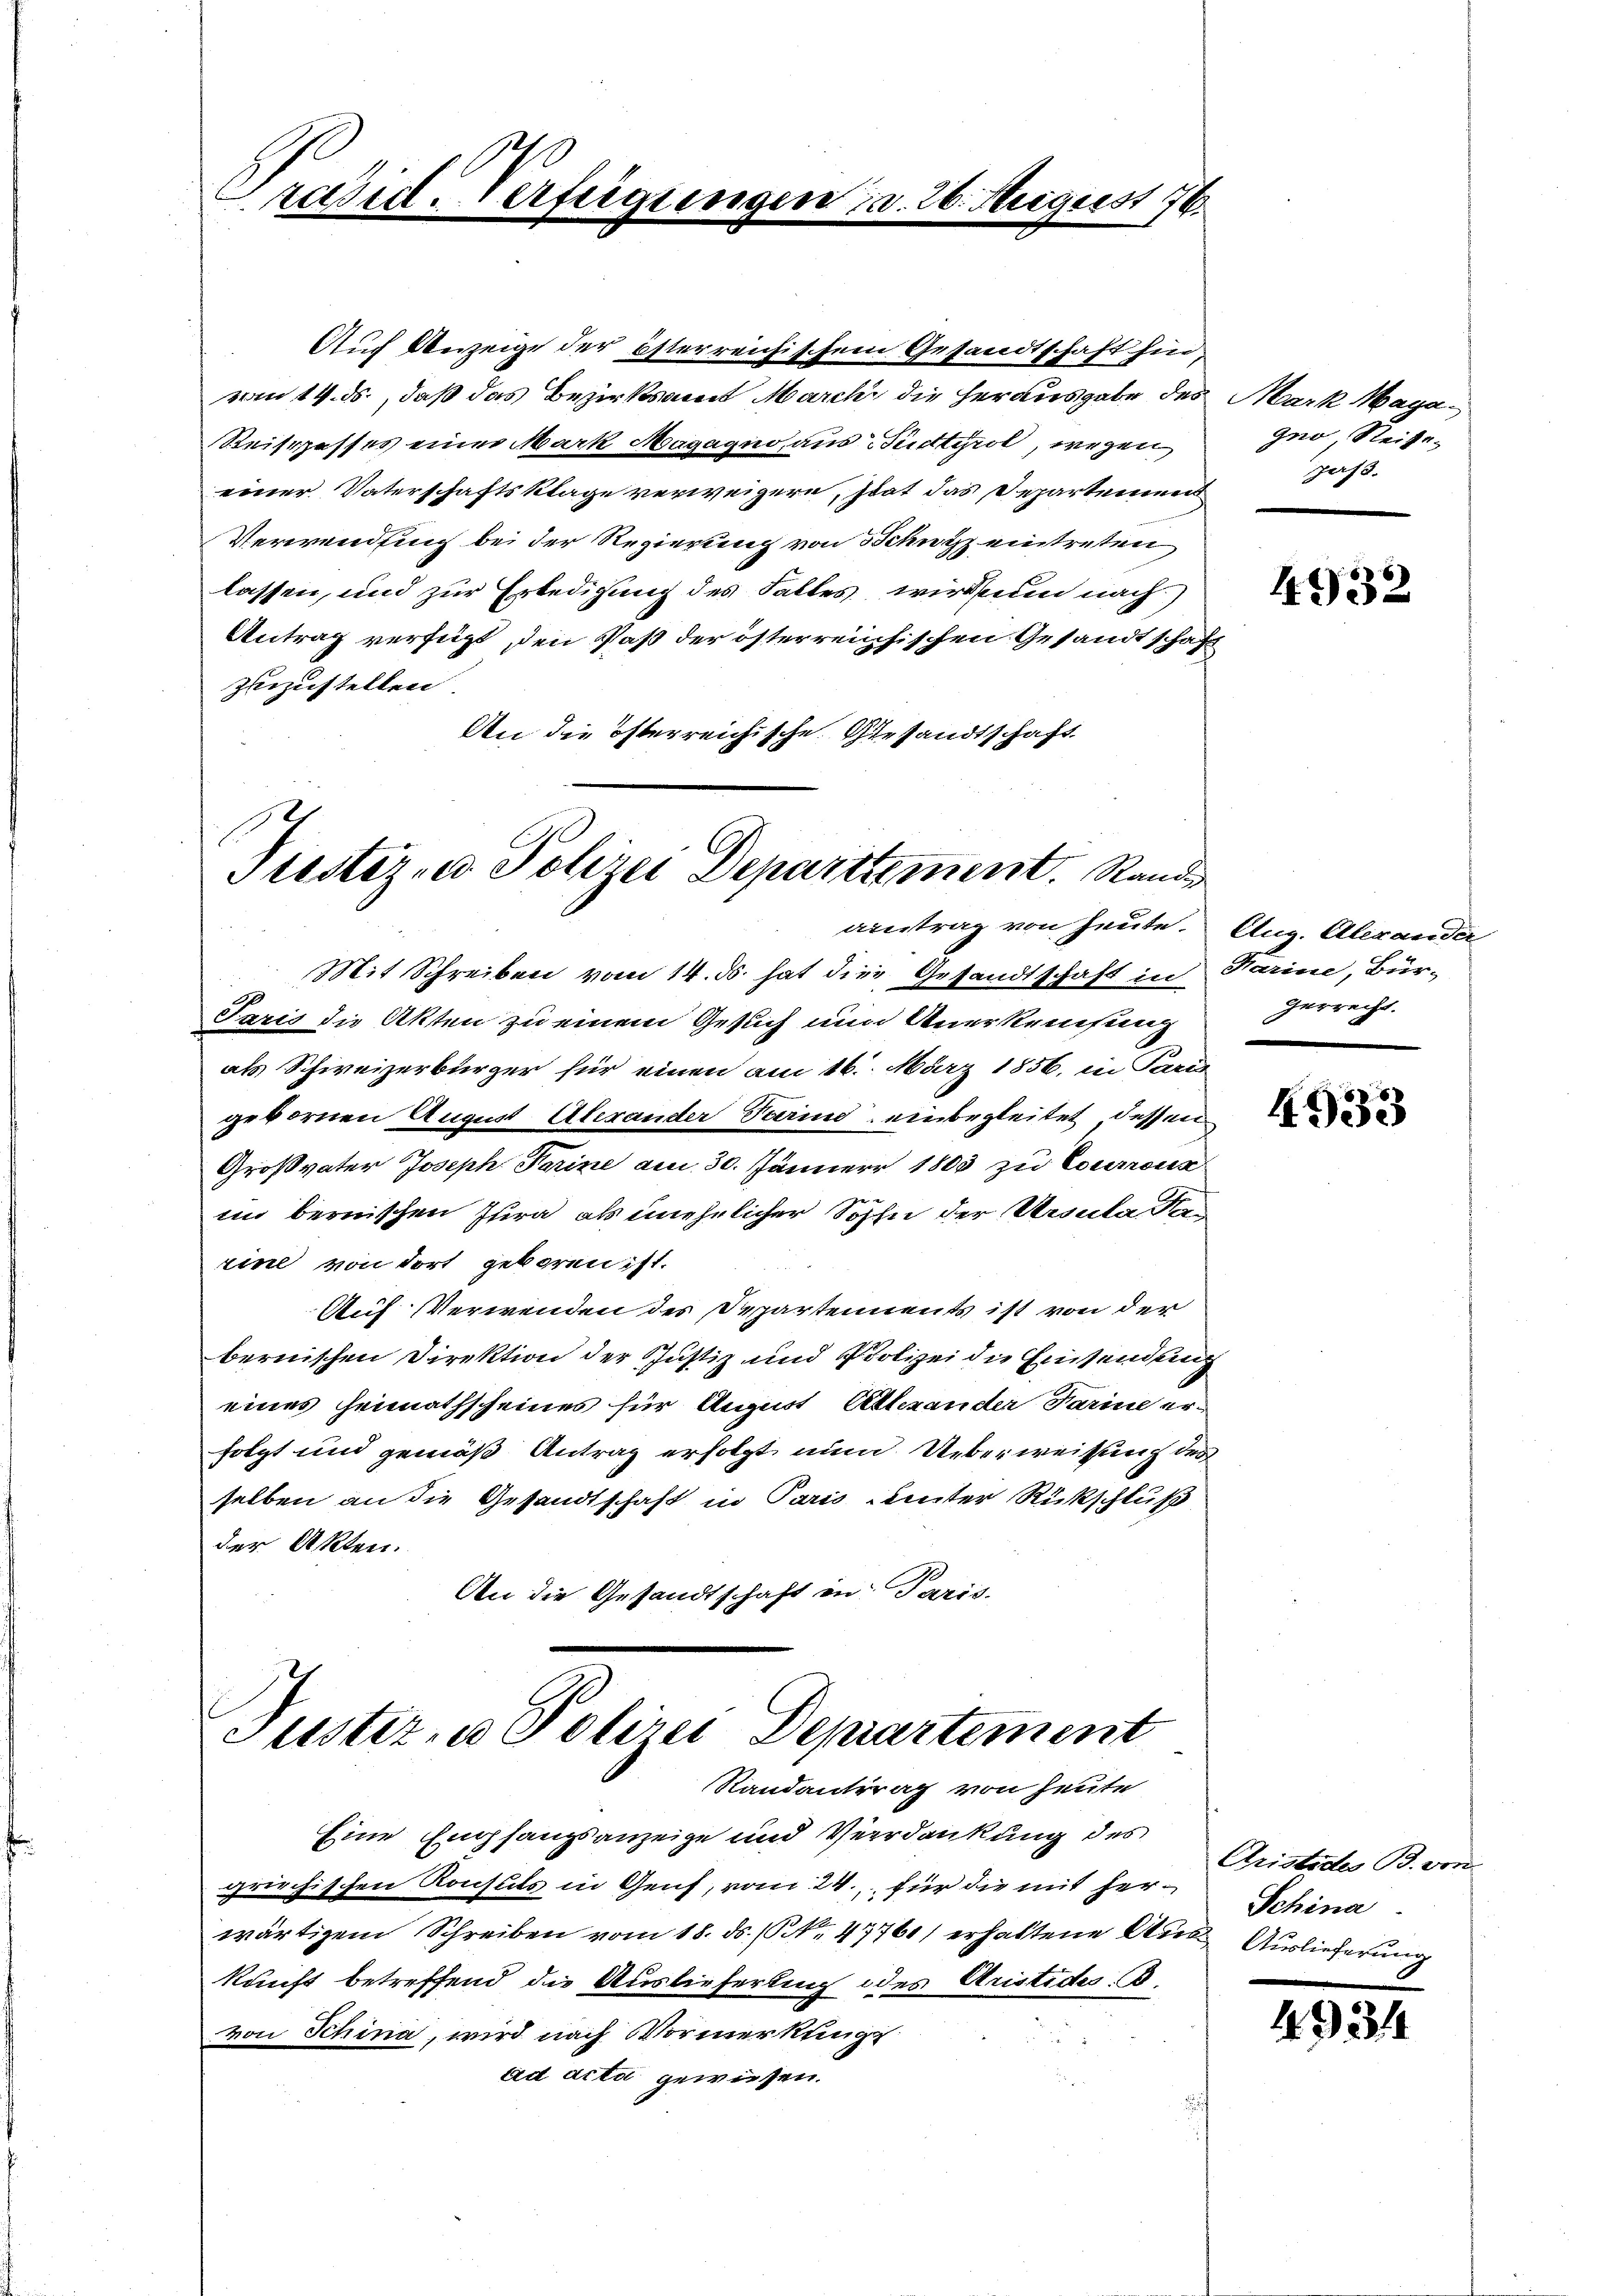
vom 14. ds., daß das Bezirksamt March die herausgabe des
Reisepasses einer Mark Magaquo, aus Budtirol, wegen
einer Vaterschaftsklage verweigern, stat das Departeien
Verwendung bei der Regierung von Schutz eintreten
lassen, und zur Erledigung des Falles wird seien nach
Antrag verfügt, den Paß der österreichischen Gesandtschaft
zuezustellen
An die österreichische Gesandtschaft

Präsid. Verfügungen ca. 26. August 176.

Auch Anzeige der österreichischem Gesandtschaft hin,

Eine Empfangsanzeige und Verdankung des
griechischen Konsuls in Genf, vom 24. für die mit herwärtigem Schreiben vom 18. ds. (Nr. 4776) erhaltene Ankunft betreffend die Auslieferting des Aristides. B.
von Schina, wird nach Vormerkungs
ad acta gewiesen.

Justiz- u Polizei Departtement. Stand
aintrag von heute. Aug. Alexander

Mit Schreiben vom 14. ds. hat die Gesandtschaft in Harine, Bür-
Paris die Akten zu einem Gesuch nun Anerkensung
als Schweizerbürger für einen am 16. März 1856. in Paris
gebornen August Abrander Darin einbegleitet, dessen
Großvater Joseph Ferine am 30. Jänner 1803 zu Courronz
im bernischen Jura als unehelicher Sohn der Ursula an
rine von dort geboren ist.
Auf Verwenden des Departements ist von der
bernischen Direktion der Justiz und Polizei die Einsendung
eines Heimathscheines für August Attrander Farine er-
folgt und gemäß Antrag erfolgt nun Ueberweisung des
selben an die Gesandtschaft in Paris unter Rückschluß
der Akten.
An die Gesandtschaft in Paris.

Justiz, u. Polizei Departement
Randantrag von heute

Mark Maga
gno, Reise.
pass.

4932

gerrecht.

4933

Aristides B. von
Schina
D. Auslieferung

49344